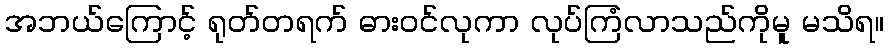
အဘယ်ကြောင့် ရုတ်တရက် ဓားဝင်လုကာ လုပ်ကြံလာသည်ကိုမူ မသိရ။